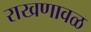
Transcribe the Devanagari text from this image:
राखणावळ